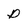
Character: D